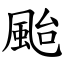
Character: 颱